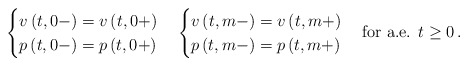
\begin{align*} \begin{cases} v\left(t,0-\right)=v\left(t,0+\right) \\ p\left(t,0-\right)=p\left(t,0+\right) \end{cases} \begin{cases} v\left(t,m-\right)=v\left(t,m+\right) \\ p\left(t,m-\right)=p\left(t,m+\right) \end{cases}\mbox{for a.e. }t\geq 0 \,.\end{align*}